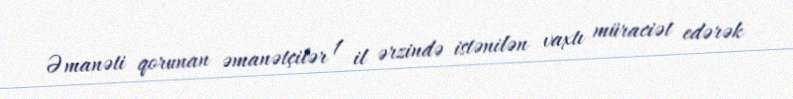
Əmanəti qorunan əmanətçilər 1 il ərzində istənilən vaxtı müraciət edərək